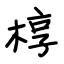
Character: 椁